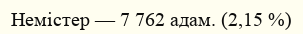
Немістер — 7 762 адам. (2,15 %)